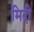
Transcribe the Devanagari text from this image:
मिदी